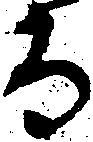
る